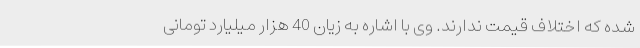
شده که اختلاف قیمت ندارند. وی با اشاره به زیان 40 هزار میلیارد تومانی